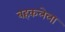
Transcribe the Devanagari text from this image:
बहकलेला